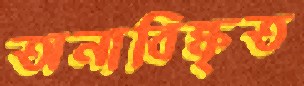
অনাবিষ্কৃত